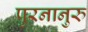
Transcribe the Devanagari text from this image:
पुरनानुरु